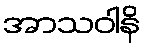
အာသဝါနိ